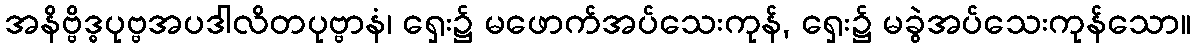
အနိဗ္ဗိဒ္ဓပုဗ္ဗအပဒါလိတပုဗ္ဗာနံ၊ ရှေး၌ မဖောက်အပ်သေးကုန်, ရှေး၌ မခွဲအပ်သေးကုန်သော။